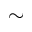
\sim